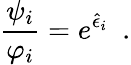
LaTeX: \frac{\psi_{i}}{\varphi_{i}}=e^{\hat{\epsilon}_{i}}\ \ .